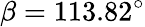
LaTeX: \beta=113.82^{\circ}